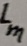
Text: Lm